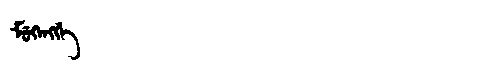
Manchu: ᠮᡠᡴᡝᠩᡤᡝ
Romanization: MUKENGGE